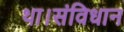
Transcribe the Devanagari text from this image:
था।संविधान